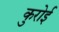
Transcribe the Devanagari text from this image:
कुरोई